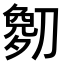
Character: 𫦘